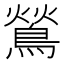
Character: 鶑